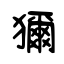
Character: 獮